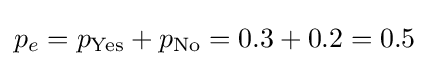
p_{e}=p_{\text{Yes}}+p_{\text{No}}=0.3+0.2=0.5